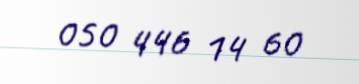
050 446 14 60